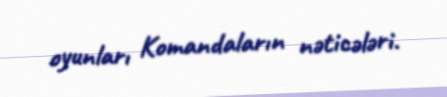
oyunları Komandaların nəticələri.